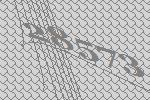
28573